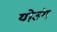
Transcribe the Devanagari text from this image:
योउंग